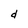
Character: d